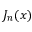
J _ { n } ( x )